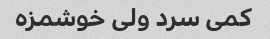
کمی سرد ولی خوشمزه